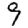
Digit: 9